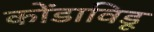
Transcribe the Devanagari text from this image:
कोंडाविडू